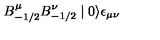
B _ { - 1 / 2 } ^ { \mu } B _ { - 1 / 2 } ^ { \nu } \mid 0 \rangle \epsilon _ { \mu \nu }